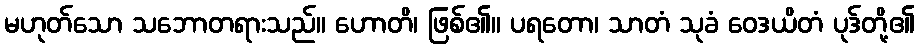
မဟုတ်သော သဘောတရားသည်။ ဟောတိ၊ ဖြစ်၏။ ပရတော၊ သာတံ သုခံ ဝေဒယိတံ ပုဒ်တို့၏